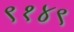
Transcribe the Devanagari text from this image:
९१४९